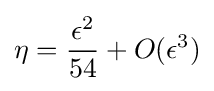
\eta ={\frac {\epsilon ^{2}}{54}}+O(\epsilon ^{3})